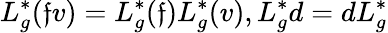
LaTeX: L_{g}^{\ast}(\mathfrak{f}v)=L_{g}^{\ast}(\mathfrak{f})L_{g}^{\ast}(v),L_{g}^{\ast}d=dL_{g}^{\ast}